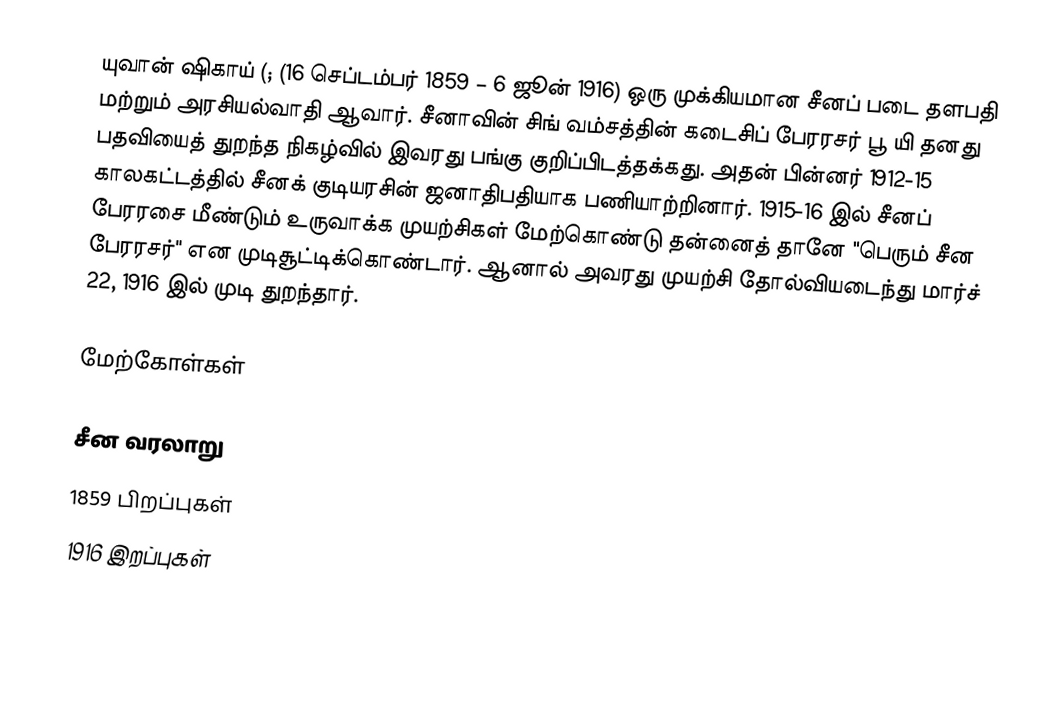
யுவான் ஷிகாய் (; (16 செப்டம்பர் 1859 –  6 ஜூன் 1916) ஒரு முக்கியமான சீனப் படை தளபதி மற்றும் அரசியல்வாதி ஆவார். சீனாவின் சிங் வம்சத்தின் கடைசிப் பேரரசர் பூ யி தனது பதவியைத் துறந்த நிகழ்வில் இவரது பங்கு குறிப்பிடத்தக்கது. அதன் பின்னர் 1912-15 காலகட்டத்தில் சீனக் குடியரசின் ஜனாதிபதியாக பணியாற்றினார். 1915-16 இல் சீனப் பேரரசை மீண்டும் உருவாக்க முயற்சிகள் மேற்கொண்டு தன்னைத் தானே "பெரும் சீன பேரரசர்" என முடிசூட்டிக்கொண்டார். ஆனால் அவரது முயற்சி தோல்வியடைந்து மார்ச் 22, 1916 இல் முடி துறந்தார்.

மேற்கோள்கள்

சீன வரலாறு
1859 பிறப்புகள்
1916 இறப்புகள்